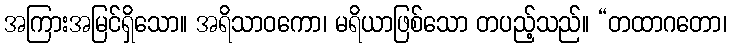
အကြားအမြင်ရှိသော။ အရိသာဝကော၊ မရိယာဖြစ်သော တပည့်သည်။ “တထာဂတော၊